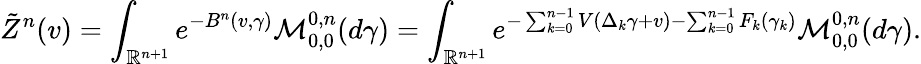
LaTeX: \tilde{Z}^{n}(v)=\int_{\mathbb{R}^{n+1}}e^{-B^{n}(v,\gamma)}\mathcal{M}_{0,0}^{0,n}(d\gamma)=\int_{\mathbb{R}^{n+1}}e^{-\sum_{k=0}^{n-1}V(\Delta_{k}\gamma+v)-\sum_{k=0}^{n-1}F_{k}(\gamma_{k})}\mathcal{M}_{0,0}^{0,n}(d\gamma).